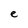
Character: e